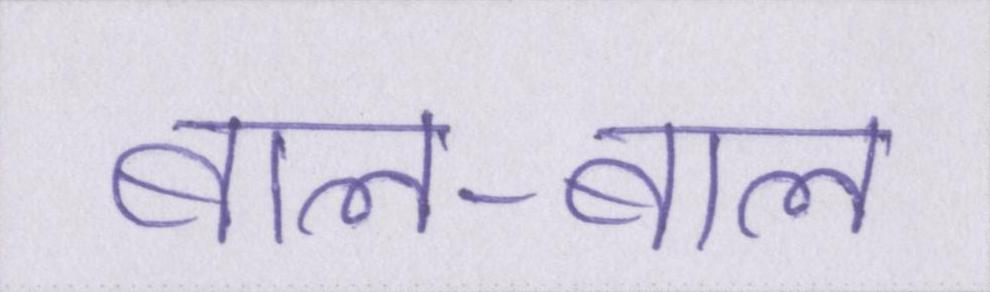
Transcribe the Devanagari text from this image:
बाल-बाल